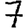
Digit: 7